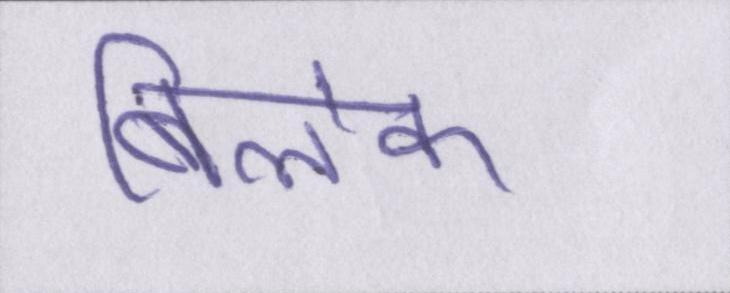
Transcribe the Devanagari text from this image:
बिलेक